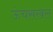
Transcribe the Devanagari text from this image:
ऊंचसखल